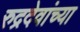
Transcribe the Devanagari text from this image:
रुद्रदेवांच्या